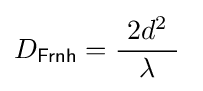
D_{\mathsf {Frnh}}={\frac {\ 2d^{2}\ }{\lambda }}\